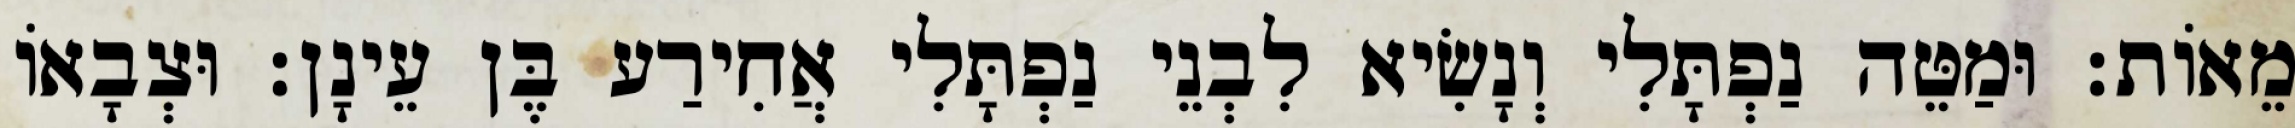
מֵאוֹת׃ וּמַטֵּה נַפְתָּלִי וְנָשִׂיא לִבְנֵי נַפְתָּלִי אֲחִירַע בֶּן עֵינָן׃ וּצְבָאוֹ